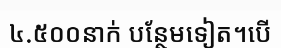
៤.៥០០នាក់ បន្ថែមទៀត។បើ